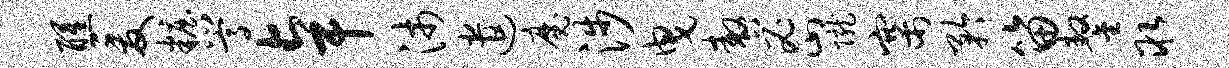
醺爰妆嵩卓沛遣魔涉曳嗷密陇寨矜笛鏊取